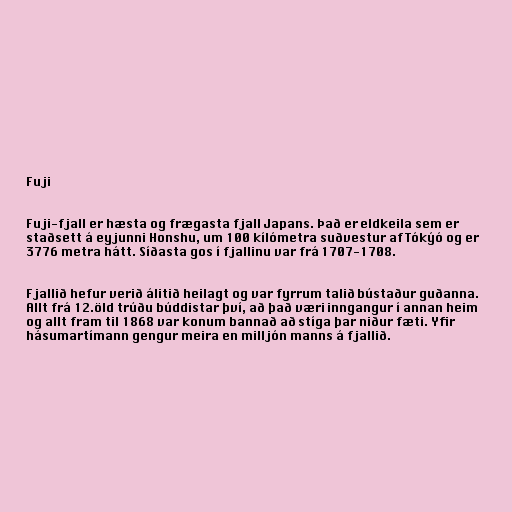
Fuji

Fuji-fjall er hæsta og frægasta fjall Japans. Það er eldkeila sem er
staðsett á eyjunni Honshu, um 100 kílómetra suðvestur af Tókýó og er
3776 metra hátt. Síðasta gos í fjallinu var frá 1707-1708.

Fjallið hefur verið álitið heilagt og var fyrrum talið bústaður guðanna.
Allt frá 12.öld trúðu búddistar því, að það væri inngangur í annan heim
og allt fram til 1868 var konum bannað að stíga þar niður fæti. Yfir
hásumartímann gengur meira en milljón manns á fjallið.